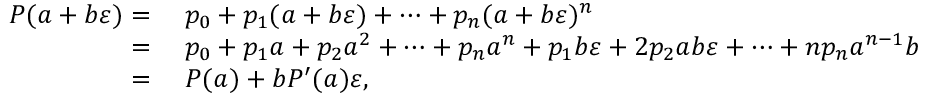
\begin{array} { r l } { P ( a + b \varepsilon ) = { } } & { { } p _ { 0 } + p _ { 1 } ( a + b \varepsilon ) + \cdots + p _ { n } ( a + b \varepsilon ) ^ { n } } \\ { = { } } & { { } p _ { 0 } + p _ { 1 } a + p _ { 2 } a ^ { 2 } + \cdots + p _ { n } a ^ { n } + p _ { 1 } b \varepsilon + 2 p _ { 2 } a b \varepsilon + \cdots + n p _ { n } a ^ { n - 1 } b \varepsilon } \\ { = { } } & { { } P ( a ) + b P ^ { \prime } ( a ) \varepsilon , } \end{array}